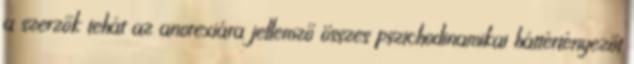
a szerzők tehát az anorexiára jellemző összes pszichodinamikai háttértényezőt